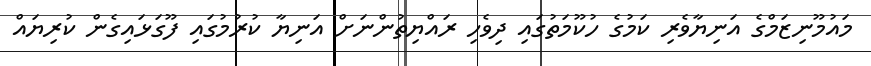
މައުމޫނިޒަމްގެ އަނިޔާވެރި ކަމުގެ ހުކޫމަތުގައި ދިވެހި ރައްޔިތުންނަށް އަނިޔާ ކުރުމުގައި ފޫގަޅައިގެން ކުރިޔައް